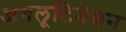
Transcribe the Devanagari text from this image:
अगलूटिनेशन